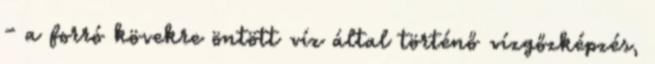
- a forró kövekre öntött víz által történő vízgőzképzés,